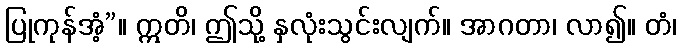
ပြုကုန်အံ့”။ ဣတိ၊ ဤသို့ နှလုံးသွင်းလျက်။ အာဂတာ၊ လာ၍။ တံ၊